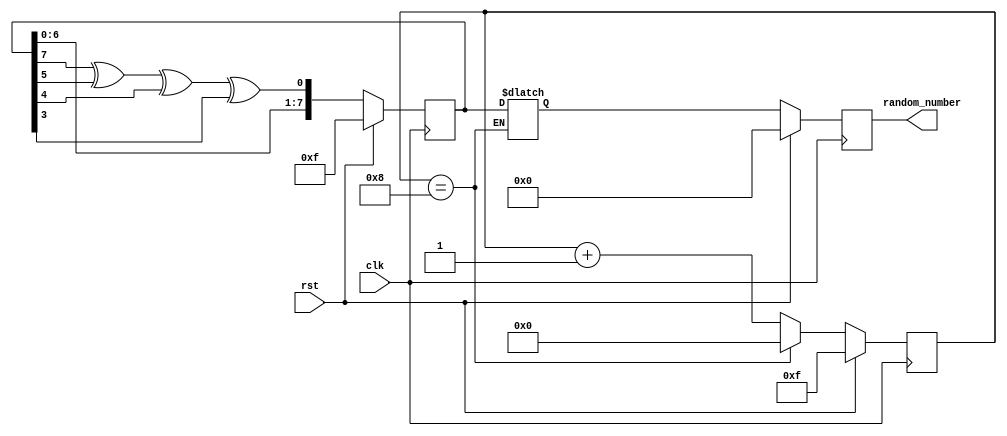
module number_generator(
    input wire clk,
    input wire rst,
    output reg [7:0] random_number
    );
    
    
     
    reg [7:0] random, random_next, random_done;
    reg [3:0] count, count_next; 
    wire feedback = random[7] ^ random[5] ^ random[4] ^ random[3]; 
     
    always @ (posedge clk)
    begin
     if (rst)
     begin
      random <= 8'hF; 
      count <= 4'hF;
      random_number <= 0;
     end
      
     else
     begin
      random <= random_next;
      count <= count_next;
      random_number <= random_done;
     end
    end
     
    always @ (*)
    begin
       
      random_next = {random[6:0], feedback}; 
      count_next = count + 1;
     
     if (count == 8)
     begin
      count_next = 0;
      random_done = random;
     end
      
    end
    
endmodule